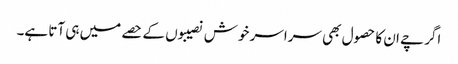
اگرچے ان کا حصول بھی سراسر خوش نصیبوں کے حصے میں ہی آتا ہے۔